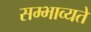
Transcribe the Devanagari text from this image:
सम्भाव्यते